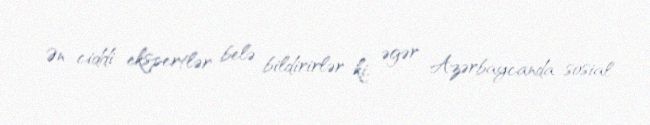
Ən ciddi ekspertlər belə bildirirlər ki, əgər Azərbaycanda sosial